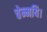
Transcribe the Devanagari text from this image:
चेन्मयि।